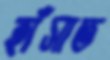
হাঁসাত